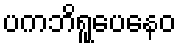
ပကဘိရူပေနေဝ